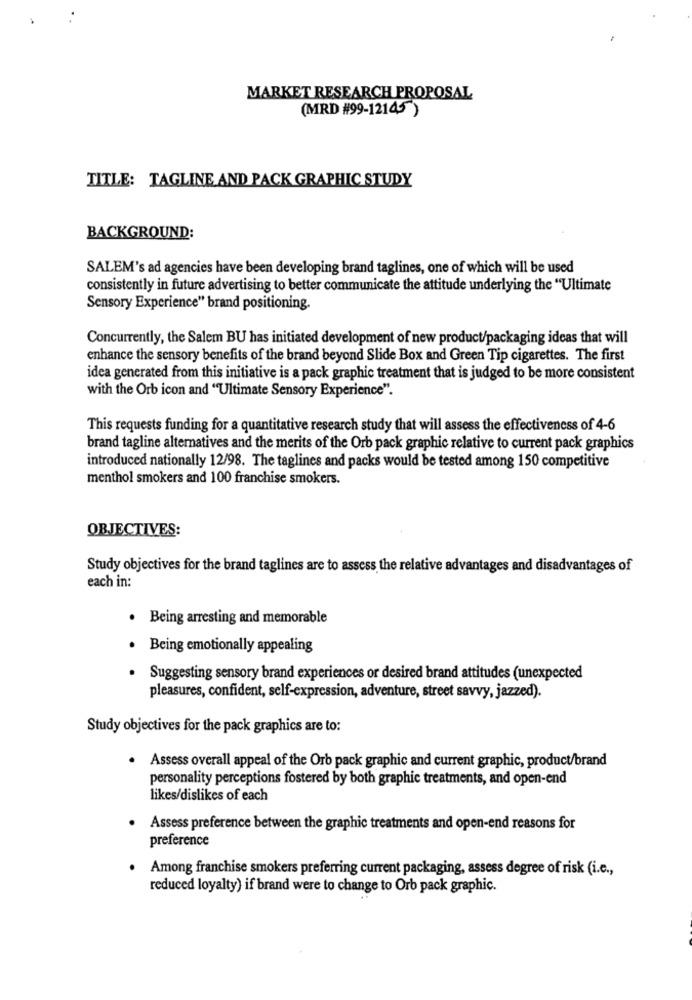
MARKET RESEARCH PROPOSAL
(MRD #99-12145 )
TITLE: TAGLINE AND PACK GRAPHIC STUDY
BACKGROUND:
SALEM's ad agencies have been developing brand taglines, one of which will be used
consistently in future advertising to better communicate the attitude underlying the "Ultimate
Sensory Experience" brand positioning.
Concurrently, the Salem BU has initiated development of new product/packaging ideas that will
enhance the sensory benefits of the brand beyond Slide Box and Green Tip cigarettes. The first
idea generated from this initiative is a pack graphic treatment that is judged to be more consistent
with the Orb icon and "Ultimate Sensory Experience".
This requests funding for a quantitative research study that will assess the effectiveness of 4-6
brand tagline alternatives and the merits of the Orb pack graphic relative to current pack graphics
introduced nationally 12/98. The taglines and packs would be tested among 150 competitive
menthol smokers and 100 franchise smokers.
OBJECTIVES:
Study objectives for the brand taglines are to assess the relative advantages and disadvantages of
each in:
· Being arresting and memorable
· Being emotionally appealing
Suggesting sensory brand experiences or desired brand attitudes (unexpected
pleasures, confident, self-expression, adventure, street savvy, jazzed).
Study objectives for the pack graphics are to:
.
Assess overall appeal of the Orb pack graphic and current graphic, product/brand
personality perceptions fostered by both graphic treatments, and open-end
likes/dislikes of each
Assess preference between the graphic treatments and open-end reasons for
preference
Among franchise smokers preferring current packaging, assess degree of risk (i.e .,
reduced loyalty) if brand were to change to Orb pack graphic.